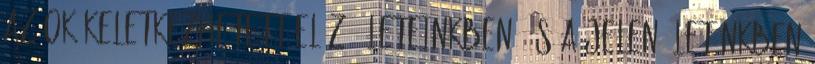
Az ok keletkezhetett elõzõ életeinkben, és a jelen életünkben